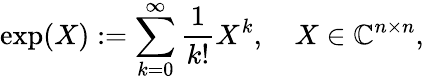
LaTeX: \exp(X):=\sum_{k=0}^{\infty}{\frac{1}{k!}}X^{k},\quad X\in\mathbb{C}^{n\times n},